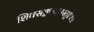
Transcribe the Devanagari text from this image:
शिवसङ्कल्पमस्तु॥२॥